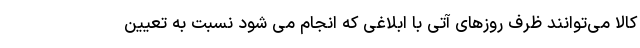
کالا می‌توانند ظرف روزهای آتی با ابلاغی که انجام می شود نسبت به تعیین